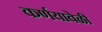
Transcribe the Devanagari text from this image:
कर्णयावेळी